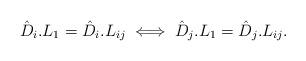
LaTeX: \begin{align*} \hat D_i . L_1 = \hat D_i . L_{i j} \iff \hat D_j . L_1 = \hat D_j . L_{i j}.\end{align*}